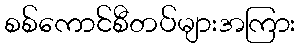
စစ်ကောင်စီတပ်များအကြား